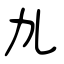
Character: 劜